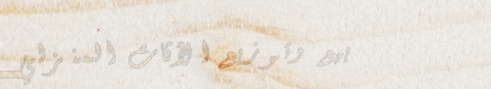
بيع وتوزيع الأثاث المنزلي